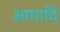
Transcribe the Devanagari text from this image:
आगादि